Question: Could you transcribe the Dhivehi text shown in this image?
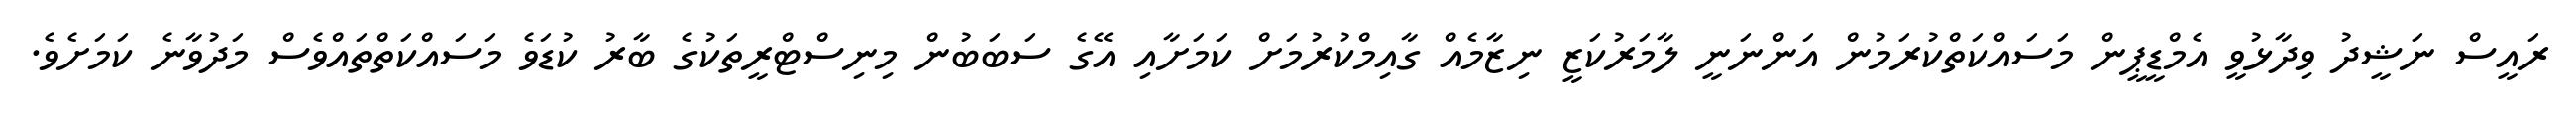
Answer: ރައީސް ނަޝީދު ވިދާޅުވީ އެމްޑީޕީން މަސައްކަތްކުރަމުން އަންނަނީ ލާމަރުކަޒީ ނިޒާމެއް ގާއިމްކުރުމަށް ކަމަށާއި އޭގެ ސަބަބުން މިނިސްޓްރީތަކުގެ ބާރު ކުޑަވެ މަސައްކަތްތައްވެސް މަދުވާނެ ކަމަށެވެ.